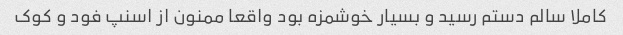
کاملا سالم دستم رسید و بسیار خوشمزه بود واقعا ممنون از اسنپ فود و کوک